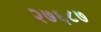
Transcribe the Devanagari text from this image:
२७६८७